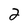
Character: 2